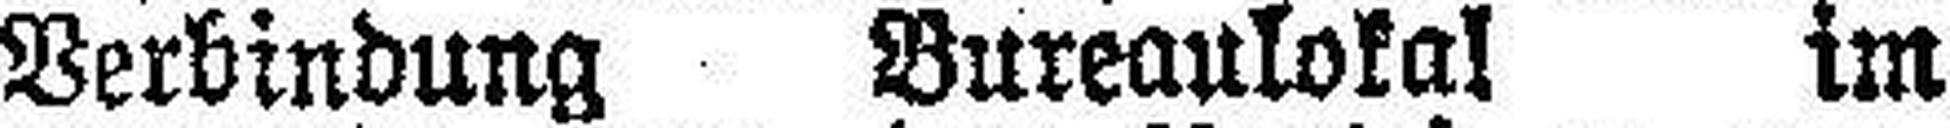
Verbindung Bureaulokal im